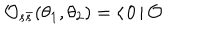
LaTeX: \mathcal { O } _ { s \bar { s } } ( \theta _ { 1 } , \theta _ { 2 } ) = \langle \, 0 \, | \, \mathcal { O }